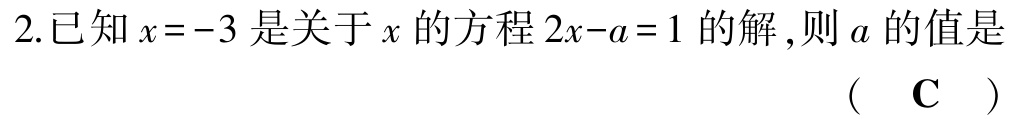
2.已知\(x = -3\)是关于\(x\)的方程\(2x - a = 1\)的解,则\(a\)的值是

(  C  )